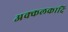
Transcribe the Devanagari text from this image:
अक्कलकादि